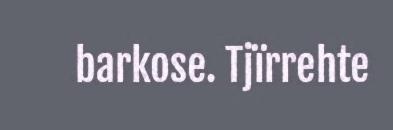
barkose. Tjïrrehte